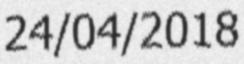
24/04/2018